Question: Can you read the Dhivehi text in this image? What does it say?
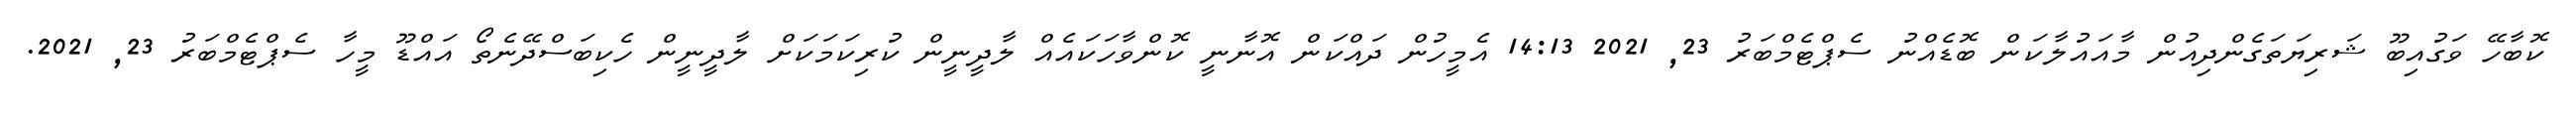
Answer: ކޮބާހޭ ވަގުއިބޫ ޝަރިޔަތަގެންދިއުން މާއައުލާކަން ބޮޑެއްނު ސެޕްޓެމްބަރު 23, 2021 14:13 އެމީހުން ދައްކަން އޮނާނީ ކޮންވާހަކައެއް ލާދީނީން ކުރިކަމަކަށް ލާދީނީން ހެކިބަސްދޭނެތޯ އައްޑޫ މީހާ ސެޕްޓެމްބަރު 23, 2021.